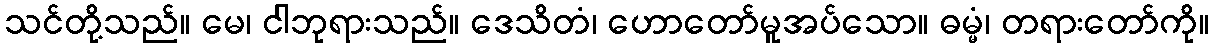
သင်တို့သည်။ မေ၊ ငါဘုရားသည်။ ဒေသိတံ၊ ဟောတော်မူအပ်သော။ ဓမ္မံ၊ တရားတော်ကို။